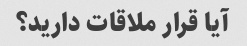
آیا قرار ملاقات دارید؟